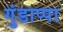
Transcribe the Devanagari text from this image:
गुंडाप्पा